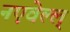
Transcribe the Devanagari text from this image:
नएवेल्ल्